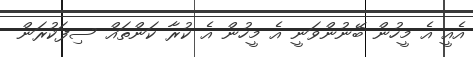
އެއީ އެ މީހުން ބޭނުންވަނީ އެ މީހުން އެ ކުރާ ކަންތައް ސިފަކުރަން